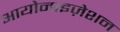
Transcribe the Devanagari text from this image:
आयोनाइज़ेशन